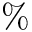
\%